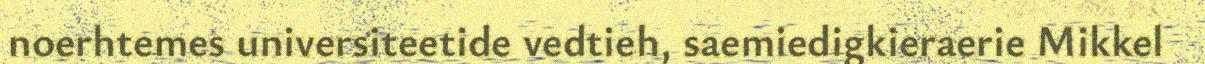
noerhtemes universiteetide vedtieh, saemiedigkieraerie Mikkel